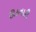
ઊઠનારી